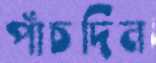
পাঁচদিন